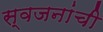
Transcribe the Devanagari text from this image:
स्वजनांची